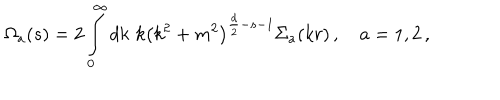
LaTeX: \Omega _ { a } ( s ) = 2 \int _ { 0 } ^ { \infty } d k \, \, k \left( k ^ { 2 } + m ^ { 2 } \right) ^ { \frac d 2 - s - 1 } { \Sigma } _ { a } ( k r ) \, , \quad a = 1 , 2 \, ,